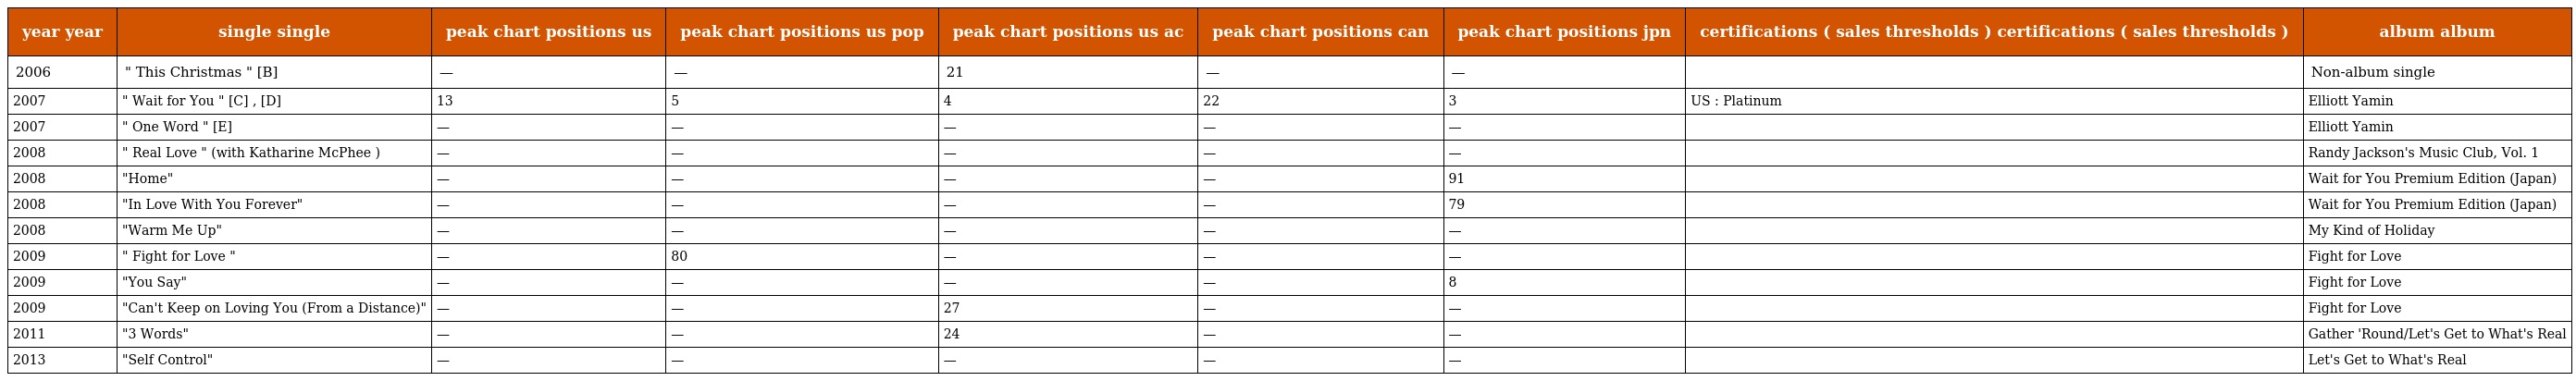
| year year | single single | peak chart positions us | peak chart positions us pop | peak chart positions us ac | peak chart positions can | peak chart positions jpn | certifications ( sales thresholds ) certifications ( sales thresholds ) | album album |
 | --- | --- | --- | --- | --- | --- | --- | --- | --- |
 | 2006 | " This Christmas " [B] | — | — | 21 | — | — |  | Non-album single |
 | 2007 | " Wait for You " [C] , [D] | 13 | 5 | 4 | 22 | 3 | US : Platinum | Elliott Yamin |
 | 2007 | " One Word " [E] | — | — | — | — | — |  | Elliott Yamin |
 | 2008 | " Real Love " (with Katharine McPhee ) | — | — | — | — | — |  | Randy Jackson's Music Club, Vol. 1 |
 | 2008 | "Home" | — | — | — | — | 91 |  | Wait for You Premium Edition (Japan) |
 | 2008 | "In Love With You Forever" | — | — | — | — | 79 |  | Wait for You Premium Edition (Japan) |
 | 2008 | "Warm Me Up" | — | — | — | — | — |  | My Kind of Holiday |
 | 2009 | " Fight for Love " | — | 80 | — | — | — |  | Fight for Love |
 | 2009 | "You Say" | — | — | — | — | 8 |  | Fight for Love |
 | 2009 | "Can't Keep on Loving You (From a Distance)" | — | — | 27 | — | — |  | Fight for Love |
 | 2011 | "3 Words" | — | — | 24 | — | — |  | Gather 'Round/Let's Get to What's Real |
 | 2013 | "Self Control" | — | — | — | — | — |  | Let's Get to What's Real |